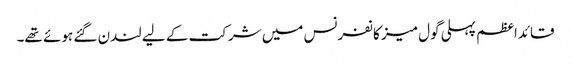
قائداعظم پہلی گول میز کانفرنس میں شرکت کے لیے لندن گئے ہوئے تھے۔